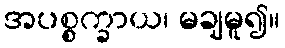
အပစ္စက္ခာယ၊ မချမူ၍။